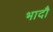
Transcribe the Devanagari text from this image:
भादौ